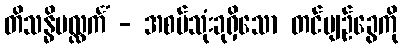
တိသန္ဓိပလ္လင်္ကံ - အစပ်သုံးခုရှိသော တင်ပျဉ်ခွေကို